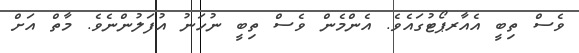
ވެސް ތިބީ އެއާރޕޯޓުގައެެވެ. އެންމެން ވެސް ތިބީ ނުހަނު އުފަލުންނެވެ. މާތް އަށް